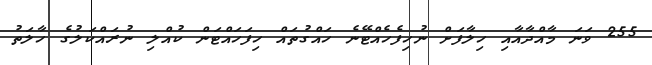
255 ވަނަ މާއްދާއާއި ހިލާފަށް ނުހިފެހެއްޓޭނެ ހައްގުތައް ހިފަހައްޓަން ކުއްލި ނުރައްކަލުގެ ހާލަތު